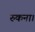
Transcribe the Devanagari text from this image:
रुकना।